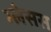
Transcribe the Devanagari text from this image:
ग्लेसस